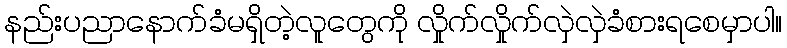
နည်းပညာနောက်ခံမရှိတဲ့လူတွေကို လှိုက်လှိုက်လှဲလှဲခံစားရစေမှာပါ။